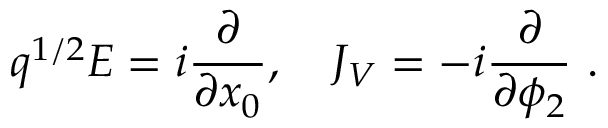
q ^ { 1 / 2 } E = i { \frac { \partial } { \partial x _ { 0 } } } , \quad J _ { V } = - i { \frac { \partial } { \partial \phi _ { 2 } } } \ .